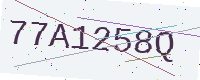
Text: 77A1258Q